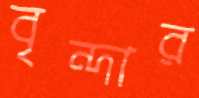
বৃন্দার